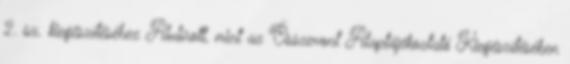
2. sz. kiegészítéséhez Alulírott, mint az Összevont Alaptájékoztató Kiegészítésében